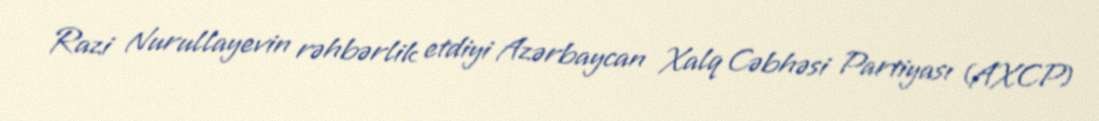
Razi Nurullayevin rəhbərlik etdiyi Azərbaycan Xalq Cəbhəsi Partiyası (AXCP)